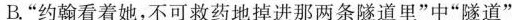
B."约翰看着她，不可救药地掉进那两条隧道里"中“隧道”